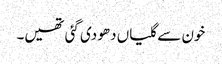
خون سے گلیاں دھو دی گئی تھیں۔